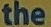
the